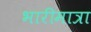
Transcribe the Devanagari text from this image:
भारीमात्रा